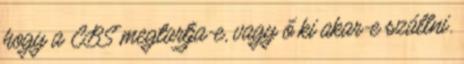
hogy a CBS megtartja-e, vagy ő ki akar-e szállni.